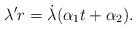
LaTeX: \begin{align*} {\lambda}' r = \dot{\lambda}({\alpha }_{1} t+{\alpha }_{2}).\end{align*}